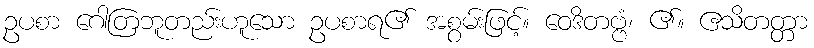
ဥပစာ ဂေါတြဘူတည်းဟူသော ဥပစာရ၏ အစွမ်းဖြင့်။ ဝေဒိတဗ္ဗံ၊ ၏။ ဧသိတတ္တာ